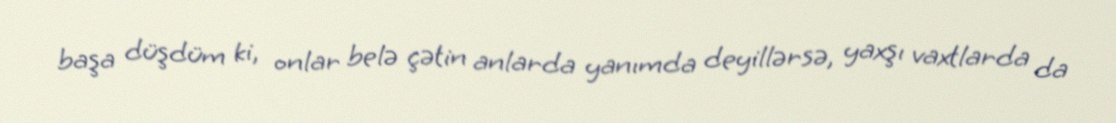
başa düşdüm ki, onlar belə çətin anlarda yanımda deyillərsə, yaxşı vaxtlarda da